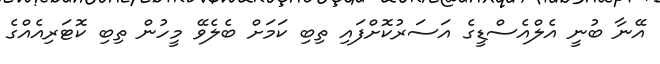
އޭނާ ބުނީ އެލްއެސްޑީގެ އަސަރުކޮށްފައި ތިބި ކަމަށް ބެލެވޭ މީހުން ތިބި ކޮޓަރިއެއްގެ